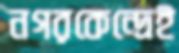
নগরকেন্দ্রেই